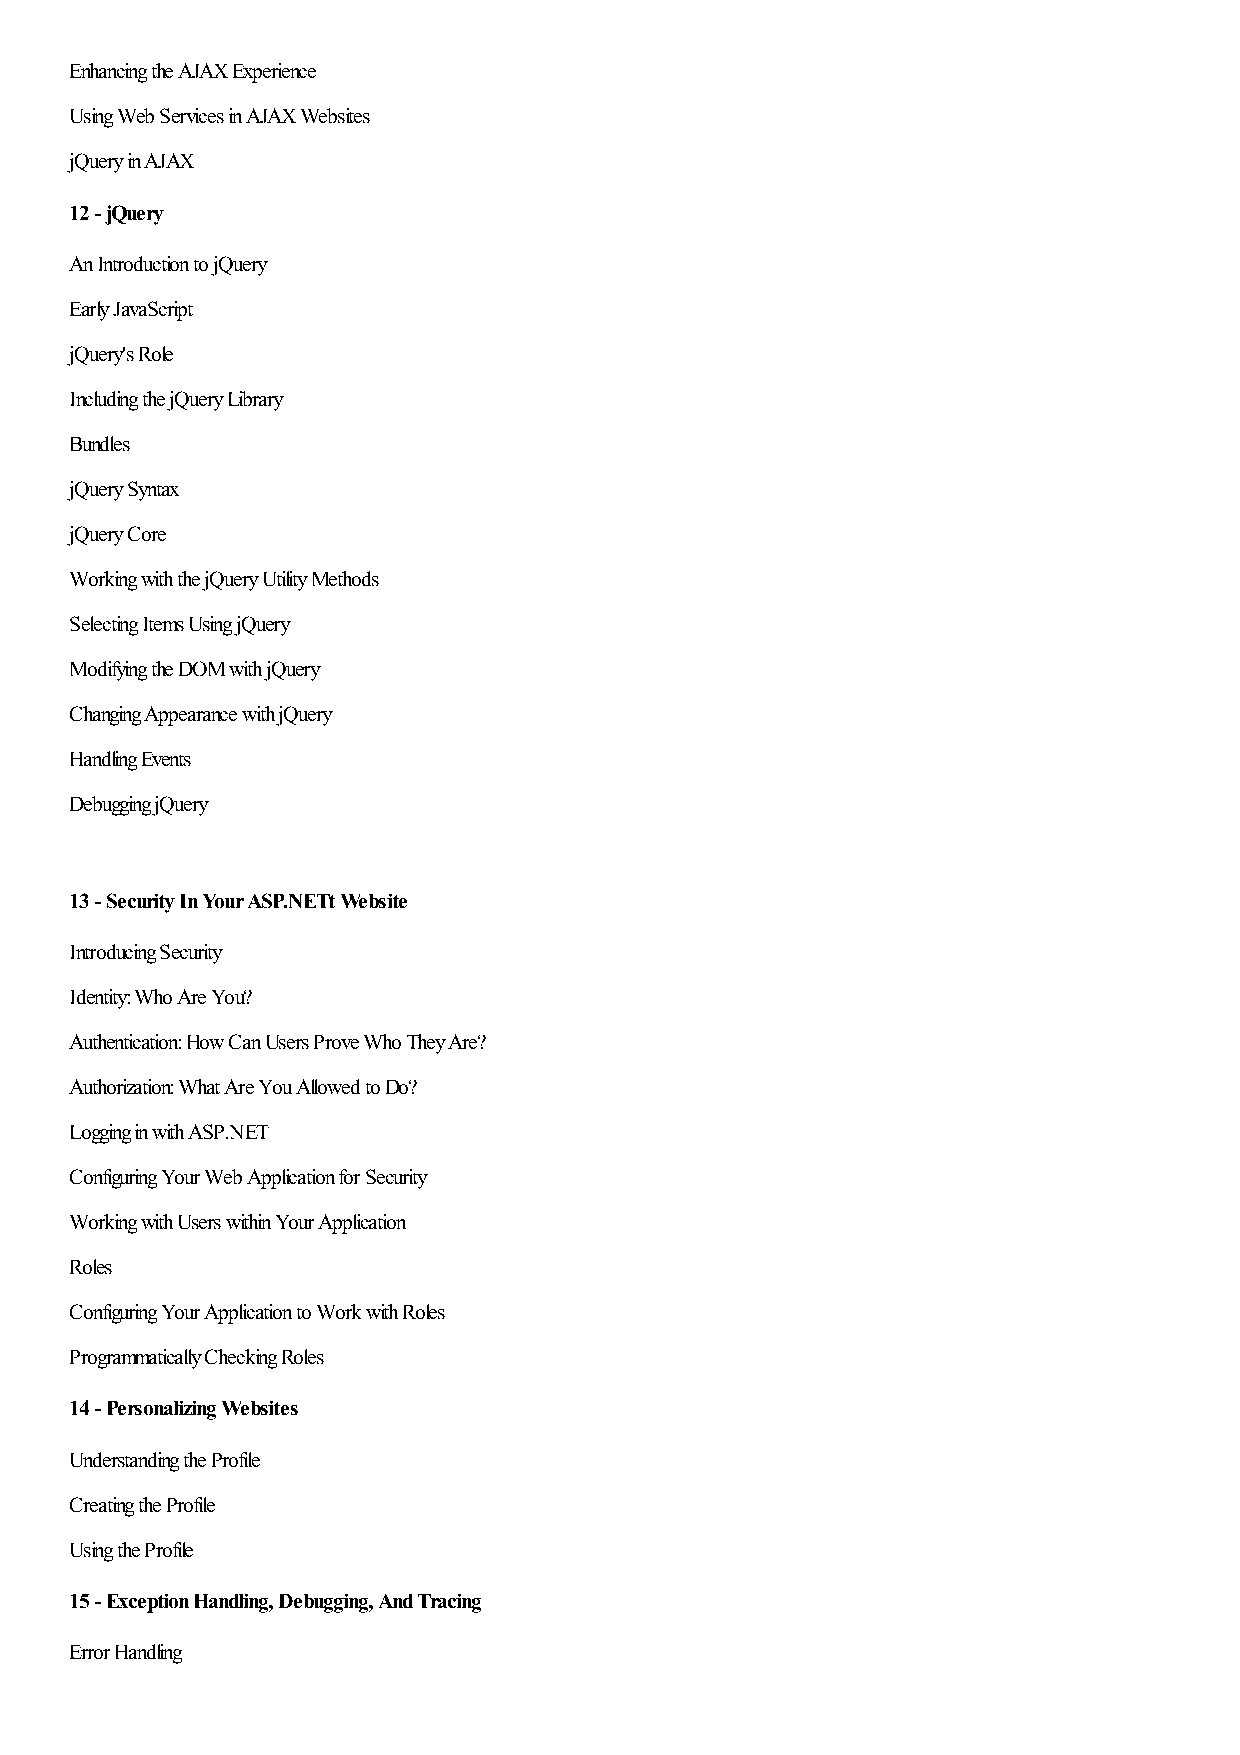
Enhancing the AJAX Experience
 Using Web Services in AJAX Websites
 jQuery in AJAX
 12 - jQuery
 An Introduction to jQuery
 Early JavaScript
 jQuery's Role
 Including the jQuery Library
 Bundles
 jQuery Syntax
 jQuery Core
 Working with the jQuery Utility Methods
 Selecting Items Using jQuery
 Modifying the DOM with jQuery
 Changing Appearance with jQuery
 Handling Events
 Debugging jQuery
 13 - Security In Your ASP.NETt Website
 Introducing Security
 Identity: Who Are You?
 Authentication: How Can Users Prove Who They Are?
 Authorization: What Are You Allowed to Do?
 Logging in with ASP.NET
 Configuring Your Web Application for Security
 Working with Users within Your Application
 Roles
 Configuring Your Application to Work with Roles
 Programmatically Checking Roles
 14 - Personalizing Websites
 Understanding the Profile
 Creating the Profile
 Using the Profile
 15 - Exception Handling, Debugging, And Tracing
 Error Handling